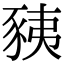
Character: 𧱅